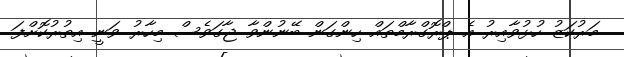
މަރުކަޒު ހުޅުވާއިރު އެ ޕްރޮގްރާމްތައް ހިންގަން ބޭނުންވާ ޖާގަވެސް މިހާރު ވަނީ އިތުރުކޮށްފަ